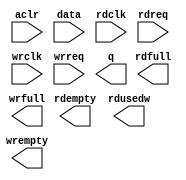
// megafunction wizard: %FIFO%VBB%
// GENERATION: STANDARD
// VERSION: WM1.0
// MODULE: dcfifo_mixed_widths 

// ============================================================
// Megafunction Name(s):
// 			dcfifo_mixed_widths
//
// Simulation Library Files(s):
// 			altera_mf
// ============================================================
// ************************************************************
// THIS IS A WIZARD-GENERATED FILE. DO NOT EDIT THIS FILE!
//
// 14.1.1 Build 190 01/19/2015 SJ Web Edition
// ************************************************************

//Copyright (C) 1991-2015 Altera Corporation. All rights reserved.
//Your use of Altera Corporation's design tools, logic functions 
//and other software and tools, and its AMPP partner logic 
//functions, and any output files from any of the foregoing 
//(including device programming or simulation files), and any 
//associated documentation or information are expressly subject 
//to the terms and conditions of the Altera Program License 
//Subscription Agreement, the Altera Quartus II License Agreement,
//the Altera MegaCore Function License Agreement, or other 
//applicable license agreement, including, without limitation, 
//that your use is for the sole purpose of programming logic 
//devices manufactured by Altera and sold by Altera or its 
//authorized distributors.  Please refer to the applicable 
//agreement for further details.

module capture_fifo (
	aclr,
	data,
	rdclk,
	rdreq,
	wrclk,
	wrreq,
	q,
	rdempty,
	rdfull,
	rdusedw,
	wrempty,
	wrfull);

	input	  aclr;
	input	[63:0]  data;
	input	  rdclk;
	input	  rdreq;
	input	  wrclk;
	input	  wrreq;
	output	[31:0]  q;
	output	  rdempty;
	output	  rdfull;
	output	[4:0]  rdusedw;
	output	  wrempty;
	output	  wrfull;
`ifndef ALTERA_RESERVED_QIS
// synopsys translate_off
`endif
	tri0	  aclr;
`ifndef ALTERA_RESERVED_QIS
// synopsys translate_on
`endif

endmodule

// ============================================================
// CNX file retrieval info
// ============================================================
// Retrieval info: PRIVATE: AlmostEmpty NUMERIC "0"
// Retrieval info: PRIVATE: AlmostEmptyThr NUMERIC "-1"
// Retrieval info: PRIVATE: AlmostFull NUMERIC "0"
// Retrieval info: PRIVATE: AlmostFullThr NUMERIC "-1"
// Retrieval info: PRIVATE: CLOCKS_ARE_SYNCHRONIZED NUMERIC "0"
// Retrieval info: PRIVATE: Clock NUMERIC "4"
// Retrieval info: PRIVATE: Depth NUMERIC "16"
// Retrieval info: PRIVATE: Empty NUMERIC "1"
// Retrieval info: PRIVATE: Full NUMERIC "1"
// Retrieval info: PRIVATE: INTENDED_DEVICE_FAMILY STRING "Cyclone V"
// Retrieval info: PRIVATE: LE_BasedFIFO NUMERIC "0"
// Retrieval info: PRIVATE: LegacyRREQ NUMERIC "0"
// Retrieval info: PRIVATE: MAX_DEPTH_BY_9 NUMERIC "0"
// Retrieval info: PRIVATE: OVERFLOW_CHECKING NUMERIC "1"
// Retrieval info: PRIVATE: Optimize NUMERIC "0"
// Retrieval info: PRIVATE: RAM_BLOCK_TYPE NUMERIC "0"
// Retrieval info: PRIVATE: SYNTH_WRAPPER_GEN_POSTFIX STRING "0"
// Retrieval info: PRIVATE: UNDERFLOW_CHECKING NUMERIC "1"
// Retrieval info: PRIVATE: UsedW NUMERIC "1"
// Retrieval info: PRIVATE: Width NUMERIC "64"
// Retrieval info: PRIVATE: dc_aclr NUMERIC "1"
// Retrieval info: PRIVATE: diff_widths NUMERIC "1"
// Retrieval info: PRIVATE: msb_usedw NUMERIC "0"
// Retrieval info: PRIVATE: output_width NUMERIC "32"
// Retrieval info: PRIVATE: rsEmpty NUMERIC "1"
// Retrieval info: PRIVATE: rsFull NUMERIC "1"
// Retrieval info: PRIVATE: rsUsedW NUMERIC "1"
// Retrieval info: PRIVATE: sc_aclr NUMERIC "0"
// Retrieval info: PRIVATE: sc_sclr NUMERIC "0"
// Retrieval info: PRIVATE: wsEmpty NUMERIC "1"
// Retrieval info: PRIVATE: wsFull NUMERIC "1"
// Retrieval info: PRIVATE: wsUsedW NUMERIC "0"
// Retrieval info: LIBRARY: altera_mf altera_mf.altera_mf_components.all
// Retrieval info: CONSTANT: INTENDED_DEVICE_FAMILY STRING "Cyclone V"
// Retrieval info: CONSTANT: LPM_NUMWORDS NUMERIC "16"
// Retrieval info: CONSTANT: LPM_SHOWAHEAD STRING "ON"
// Retrieval info: CONSTANT: LPM_TYPE STRING "dcfifo_mixed_widths"
// Retrieval info: CONSTANT: LPM_WIDTH NUMERIC "64"
// Retrieval info: CONSTANT: LPM_WIDTHU NUMERIC "4"
// Retrieval info: CONSTANT: LPM_WIDTHU_R NUMERIC "5"
// Retrieval info: CONSTANT: LPM_WIDTH_R NUMERIC "32"
// Retrieval info: CONSTANT: OVERFLOW_CHECKING STRING "OFF"
// Retrieval info: CONSTANT: RDSYNC_DELAYPIPE NUMERIC "4"
// Retrieval info: CONSTANT: READ_ACLR_SYNCH STRING "ON"
// Retrieval info: CONSTANT: UNDERFLOW_CHECKING STRING "OFF"
// Retrieval info: CONSTANT: USE_EAB STRING "ON"
// Retrieval info: CONSTANT: WRITE_ACLR_SYNCH STRING "OFF"
// Retrieval info: CONSTANT: WRSYNC_DELAYPIPE NUMERIC "4"
// Retrieval info: USED_PORT: aclr 0 0 0 0 INPUT GND "aclr"
// Retrieval info: USED_PORT: data 0 0 64 0 INPUT NODEFVAL "data[63..0]"
// Retrieval info: USED_PORT: q 0 0 32 0 OUTPUT NODEFVAL "q[31..0]"
// Retrieval info: USED_PORT: rdclk 0 0 0 0 INPUT NODEFVAL "rdclk"
// Retrieval info: USED_PORT: rdempty 0 0 0 0 OUTPUT NODEFVAL "rdempty"
// Retrieval info: USED_PORT: rdfull 0 0 0 0 OUTPUT NODEFVAL "rdfull"
// Retrieval info: USED_PORT: rdreq 0 0 0 0 INPUT NODEFVAL "rdreq"
// Retrieval info: USED_PORT: rdusedw 0 0 5 0 OUTPUT NODEFVAL "rdusedw[4..0]"
// Retrieval info: USED_PORT: wrclk 0 0 0 0 INPUT NODEFVAL "wrclk"
// Retrieval info: USED_PORT: wrempty 0 0 0 0 OUTPUT NODEFVAL "wrempty"
// Retrieval info: USED_PORT: wrfull 0 0 0 0 OUTPUT NODEFVAL "wrfull"
// Retrieval info: USED_PORT: wrreq 0 0 0 0 INPUT NODEFVAL "wrreq"
// Retrieval info: CONNECT: @aclr 0 0 0 0 aclr 0 0 0 0
// Retrieval info: CONNECT: @data 0 0 64 0 data 0 0 64 0
// Retrieval info: CONNECT: @rdclk 0 0 0 0 rdclk 0 0 0 0
// Retrieval info: CONNECT: @rdreq 0 0 0 0 rdreq 0 0 0 0
// Retrieval info: CONNECT: @wrclk 0 0 0 0 wrclk 0 0 0 0
// Retrieval info: CONNECT: @wrreq 0 0 0 0 wrreq 0 0 0 0
// Retrieval info: CONNECT: q 0 0 32 0 @q 0 0 32 0
// Retrieval info: CONNECT: rdempty 0 0 0 0 @rdempty 0 0 0 0
// Retrieval info: CONNECT: rdfull 0 0 0 0 @rdfull 0 0 0 0
// Retrieval info: CONNECT: rdusedw 0 0 5 0 @rdusedw 0 0 5 0
// Retrieval info: CONNECT: wrempty 0 0 0 0 @wrempty 0 0 0 0
// Retrieval info: CONNECT: wrfull 0 0 0 0 @wrfull 0 0 0 0
// Retrieval info: GEN_FILE: TYPE_NORMAL capture_fifo.v TRUE
// Retrieval info: GEN_FILE: TYPE_NORMAL capture_fifo.inc FALSE
// Retrieval info: GEN_FILE: TYPE_NORMAL capture_fifo.cmp FALSE
// Retrieval info: GEN_FILE: TYPE_NORMAL capture_fifo.bsf FALSE
// Retrieval info: GEN_FILE: TYPE_NORMAL capture_fifo_inst.v TRUE
// Retrieval info: GEN_FILE: TYPE_NORMAL capture_fifo_bb.v TRUE
// Retrieval info: LIB_FILE: altera_mf